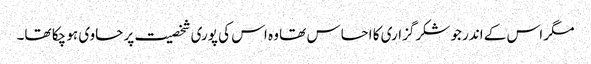
مگر اس کے اندر جو شکرگزاری کا احساس تھا وہ اس کی پوری شخصیت پر حاوی ہو چکا تھا۔